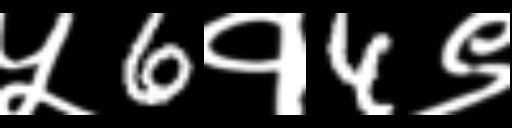
Text: ५6१4९